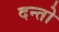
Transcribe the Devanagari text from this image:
दन्तो